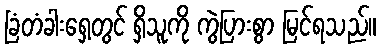
ခြံတံခါးရှေ့တွင် ရှိသူကို ကွဲပြားစွာ မြင်ရသည်။